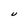
Character: U